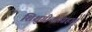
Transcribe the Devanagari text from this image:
शिशुगीतसंग्रहात